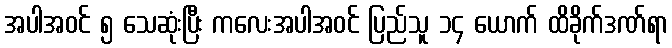
အပါအဝင် ၅ သေဆုံးပြီး ကလေးအပါအဝင် ပြည်သူ ၁၄ ယောက် ထိခိုက်ဒဏ်ရာ